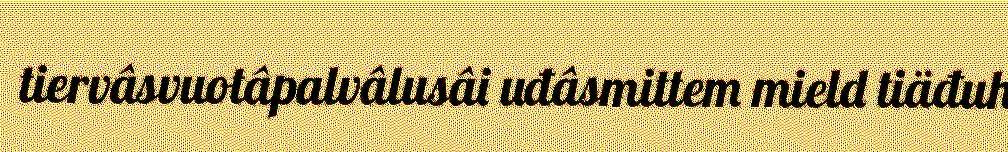
tiervâsvuotâpalvâlusâi uđâsmittem mield tiäđuh